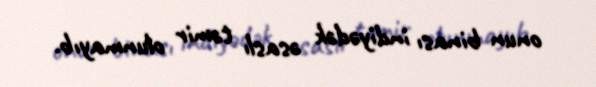
onun binası indiyədək əsaslı təmir olunmayıb.